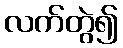
လက်တွဲ၍